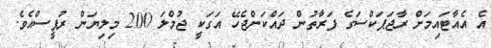
އެ އެއާޓައިމަށް ރާޖަޕަކްސަގެ ފަރާތުން ދައްކަންޖެހޭ އަގަކީ ޖުމްލަ 200 މިލިޔަން ރުޕީސްއެވެ.